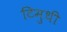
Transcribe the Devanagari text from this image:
टिमुथी